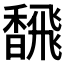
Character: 𫗿